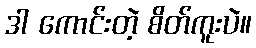
ဒါ ကောင်းတဲ့ စိတ်ကူးပဲ။